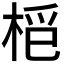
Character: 𣑿